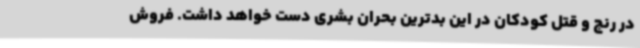
در رنج و قتل کودکان در این بدترین بحران بشری دست خواهد داشت. فروش